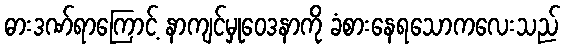
ဓားဒဏ်ရာကြောင့် နာကျင်မှုဝေဒနာကို ခံစားနေရသောကလေးသည်